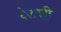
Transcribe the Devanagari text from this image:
वेलपट्टी